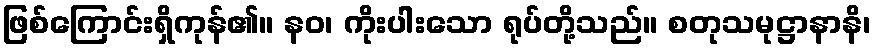
ဖြစ်ကြောင်းရှိကုန်၏။ နဝ၊ ကိုးပါးသော ရုပ်တို့သည်။ စတုသမုဋ္ဌာနာနိ၊